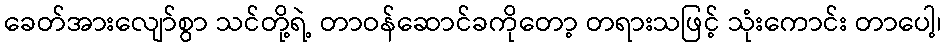
ခေတ်အားလျော်စွာ သင်တို့ရဲ့ တာဝန်ဆောင်ခကိုတော့ တရားသဖြင့် သုံးကောင်း တာပေါ့၊